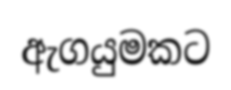
ඇගයුමකට